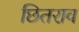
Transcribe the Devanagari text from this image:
छितराव